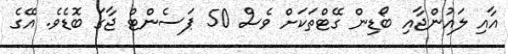
އާއި ލައުންޖާއި ބޯޑިން ގޭޓްތަކަށް ވެސް 50 ޕަސެންޓް ޖާގަ ބޮޑެވެ. އޭގެ